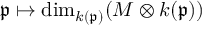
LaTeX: { \mathfrak { p } } \mapsto \dim _ { k ( { \mathfrak { p } } ) } ( M \otimes k ( { \mathfrak { p } } ) )